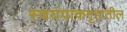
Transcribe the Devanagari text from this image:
स्वयंपाकगृहातील